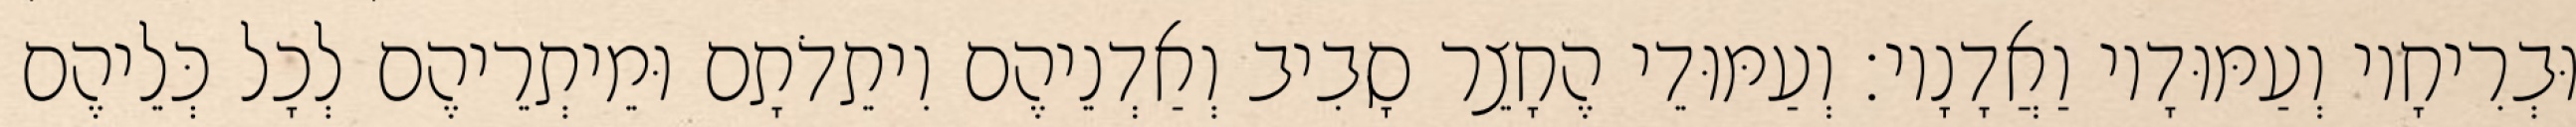
וּבְרִיחָיו וְעַמּוּדָיו וַאֲדָנָיו׃ וְעַמּוּדֵי הֶחָצֵר סָבִיב וְאַדְנֵיהֶם וִיתֵדֹתָם וּמֵיתְרֵיהֶם לְכָל כְּלֵיהֶם